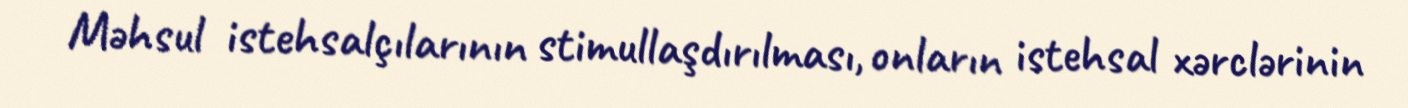
Məhsul istehsalçılarının stimullaşdırılması, onların istehsal xərclərinin